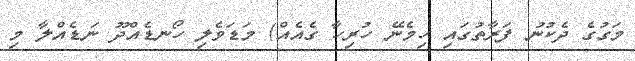
މަގުގެ ދެކުނު ފަރާތުގައި ހިމެނޭ ހުރިހާ ގެއެއް) މަޑަވެލި ހޯނޑެއްދޫ ނަޑެއްލާ މި